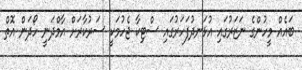
ބައެއް މީހުންގެ ނަޒަރުގައި އުޅަނދުފަހަރުގައި ސްޓިކާ ޖެހުމަކީ ސަރުކާރަށް އާމްދަނީ ހޯދަން އޮތް